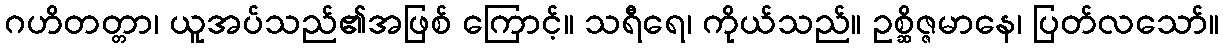
ဂဟိတတ္တာ၊ ယူအပ်သည်၏အဖြစ် ကြောင့်။ သရီရေ၊ ကိုယ်သည်။ ဥစ္ဆိဇ္ဇမာနေ၊ ပြတ်လသော်။